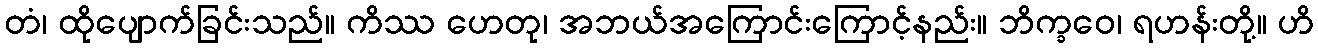
တံ၊ ထိုပျောက်ခြင်းသည်။ ကိဿ ဟေတု၊ အဘယ်အကြောင်းကြောင့်နည်း။ ဘိက္ခဝေ၊ ရဟန်းတို့။ ဟိ